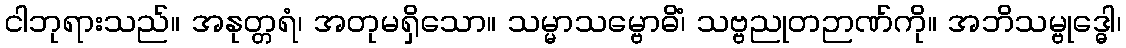
ငါဘုရားသည်။ အနုတ္တရံ၊ အတုမရှိသော။ သမ္မာသမ္ဗောဓိံ၊ သဗ္ဗညုတဉာဏ်ကို။ အဘိသမ္ဗုဒ္ဓေါ၊